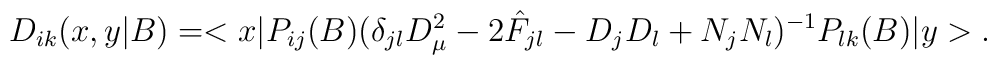
D_{ik} (x,y|B) = <x| P_{ij} (B) (\delta_{jl} D^2_{\mu} -2 \hat{F}_{jl} - D_j D_l + N_j N_l)^{-1} P_{lk} (B) |y>.